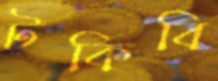
টকিবি